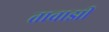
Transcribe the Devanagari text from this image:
तावाझी